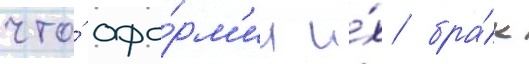
что́ офо́рм'ил и́х бра́к